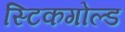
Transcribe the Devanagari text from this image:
स्टिकगोल्ड